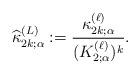
LaTeX: \begin{align*}\widehat{\kappa}_{2k;\alpha}^{(L)}:=\frac{\kappa_{2k;\alpha}^{(\ell)}}{(K_{2;\alpha}^{(\ell)})^k}.\end{align*}